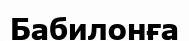
Бабилонға